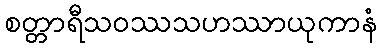
စတ္တာရီသဝဿသဟဿာယုကာနံ